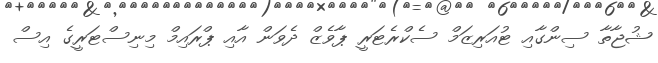
ޝުޖާތާ ސިންގާއި ޓުއަރިޒަމް ސެކްރެޓަރީ ޕާވެޒް ދެވަން އާއި ޕްރައިމް މިނިސްޓަރީގެ އިސް